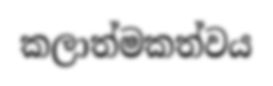
කලාත්මකත්වය